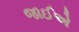
જાઈએ